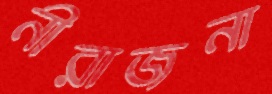
নীরাজনা